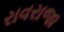
રાવરાજા